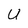
Character: U